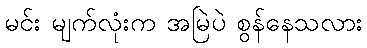
မင်း မျက်လုံးက အမြဲပဲ စွန်နေသလား